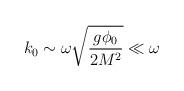
LaTeX: \begin{align*}k_0\sim \omega \sqrt{\frac{g\phi _0}{2M^2}}\ll \omega\end{align*}